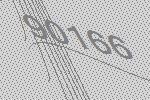
90166